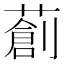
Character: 𦼃